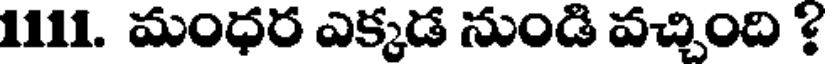
1111. మంధర ఎక్కడ నుండి వచ్చింది ?